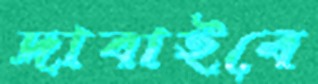
দাবাইবে